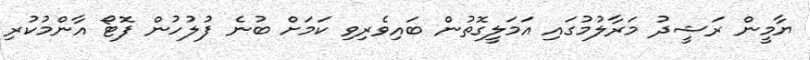
ޔާމީން ރަޝީދު މަރާލުމުގައި އަމަލީގޮތުން ބައިވެރިވި ކަމަށް ބުނެ ފުލުހުން ފޮޓޯ އާންމުކުރި